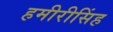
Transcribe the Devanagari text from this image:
हमीरीसिंह